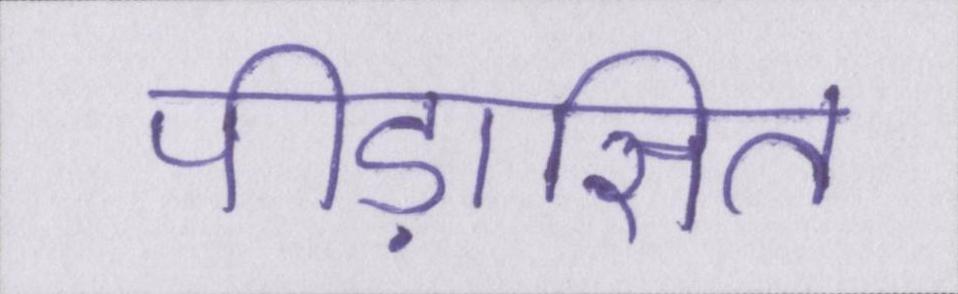
पीड़ासित